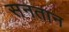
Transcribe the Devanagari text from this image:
सनतान